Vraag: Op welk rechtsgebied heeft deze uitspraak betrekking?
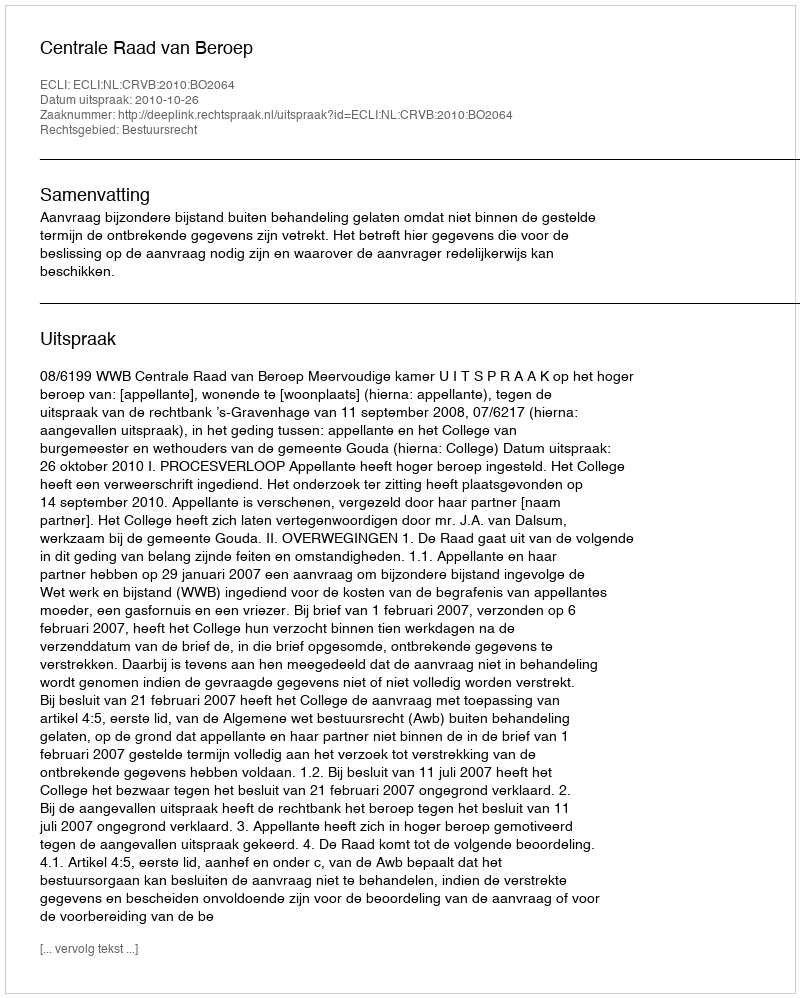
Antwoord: Bestuursrecht